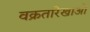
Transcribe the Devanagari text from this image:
वक्रतारेखाओं